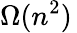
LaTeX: \Omega(n^{2})\,